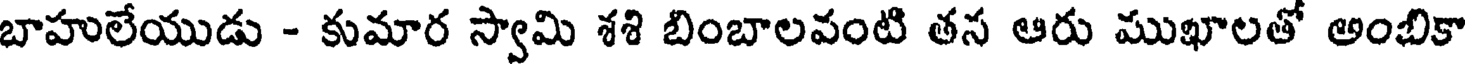
బాహులేయుడు - కుమార స్వామి శశి బింబాలవంటి తస ఆరు ముఖాలతో అంబికా